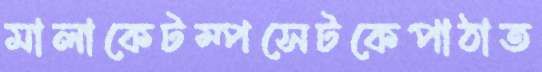
মালাকেটম্পসেটকেপাঠাত